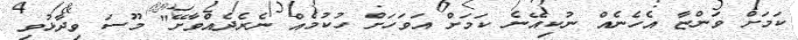
ކަމަށް ވަންޏާ އެހެނެއް ނުކިއޭނެ ކަމަށް އަވަހަށް ހުކުމެއް ނެރެދެއްވާށޭ" މޫސަ ވިދާޅުވި